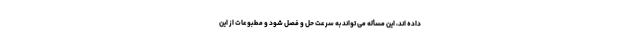
داده اند، این مسأله می تواند به سرعت حل و فصل شود و مطبوعات از این